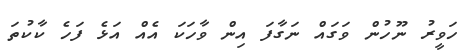
ހަވީރު ނޫހުން ވަގައް ނަގާފަ އިން ވާހަކަ އެއް އަޅެ ފަހެ ކާކުތަ